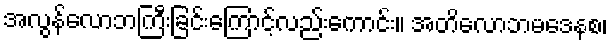
အလွန်လောဘကြီးခြင်းကြောင့်လည်းကောင်း။ အတိလောဘမဒေနစ၊